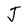
Character: J